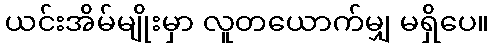
ယင်းအိမ်မျိုးမှာ လူတယောက်မျှ မရှိပေ။